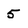
Character: 5